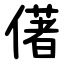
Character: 㒂